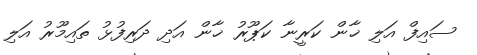
ސައިފް އަލި ޚާން ކަރީނާ ކަޕޫރު ޚާން އަދި ދަރިފުޅު ތައިމޫރު އަލި